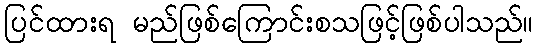
ပြင်ထားရ မည်ဖြစ်ကြောင်းစသဖြင့်ဖြစ်ပါသည်။